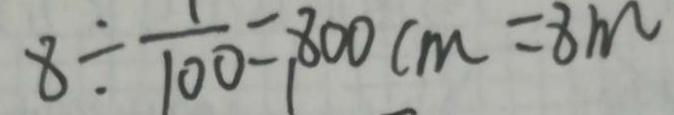
8 \div \frac { 1 } { 1 0 0 } = 8 0 0 c m = 8 m